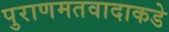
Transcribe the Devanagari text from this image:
पुराणमतवादाकडे